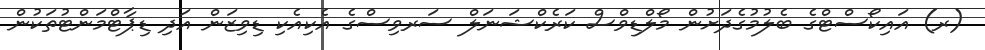
(ރ) އައިކޯސްޓްގެ ބެލުމުގެދަށުން މޯލްޑިވްސް ކަރެކްޝަނަލް ސަރވިސްގެ އެކިއެކި ޑިވިޒަން އަދި ޑިޕާޓްމަންޓުތަކުން